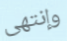
وإنتهى